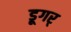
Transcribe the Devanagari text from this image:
डूगर्